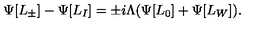
\Psi [ L _ { \pm } ] - \Psi [ L _ { I } ] = \pm i \Lambda ( \Psi [ L _ { 0 } ] + \Psi [ L _ { W } ] ) .